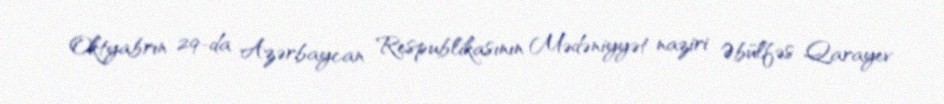
Oktyabrın 29-da Azərbaycan Respublikasının Mədəniyyət naziri Əbülfəs Qarayev